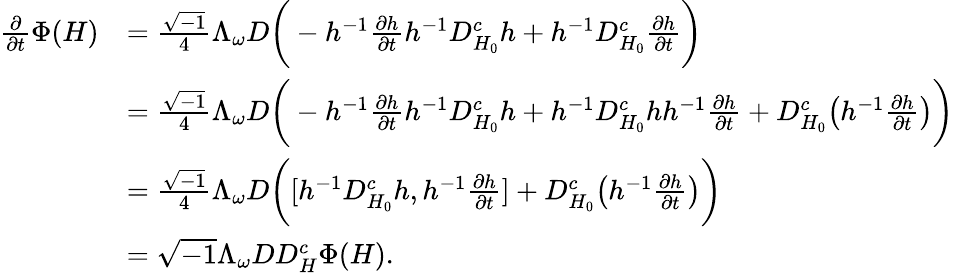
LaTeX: \begin{array}{rl}{\frac{\partial}{\partial t}\Phi(H)}&{=\frac{\sqrt{-1}}{4}\Lambda_{\omega}D\bigg(-h^{-1}\frac{\partial h}{\partial t}h^{-1}D_{H_{0}}^{c}h+h^{-1}D_{H_{0}}^{c}\frac{\partial h}{\partial t}\bigg)}\\ &{=\frac{\sqrt{-1}}{4}\Lambda_{\omega}D\bigg(-h^{-1}\frac{\partial h}{\partial t}h^{-1}D_{H_{0}}^{c}h+h^{-1}D_{H_{0}}^{c}hh^{-1}\frac{\partial h}{\partial t}+D_{H_{0}}^{c}\big(h^{-1}\frac{\partial h}{\partial t}\big)\bigg)}\\ &{=\frac{\sqrt{-1}}{4}\Lambda_{\omega}D\bigg([h^{-1}D_{H_{0}}^{c}h,h^{-1}\frac{\partial h}{\partial t}]+D_{H_{0}}^{c}\big(h^{-1}\frac{\partial h}{\partial t}\big)\bigg)}\\ &{=\sqrt{-1}\Lambda_{\omega}DD_{H}^{c}\Phi(H).}\end{array}